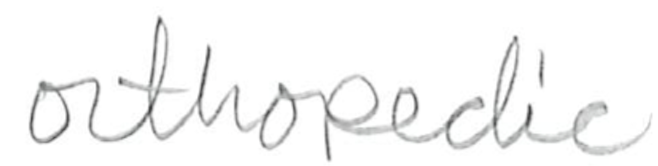
Text: orthopedic
Cross-out: clean
Writing tool: pencil